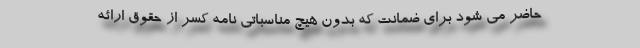
حاضر می شود برای ضمانت که بدون هیچ مناسباتی نامه کسر از حقوق ارائه